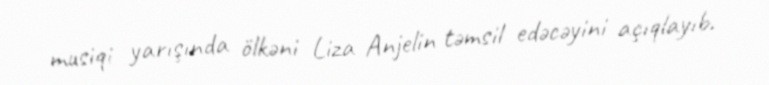
musiqi yarışında ölkəni Liza Anjelin təmsil edəcəyini açıqlayıb.